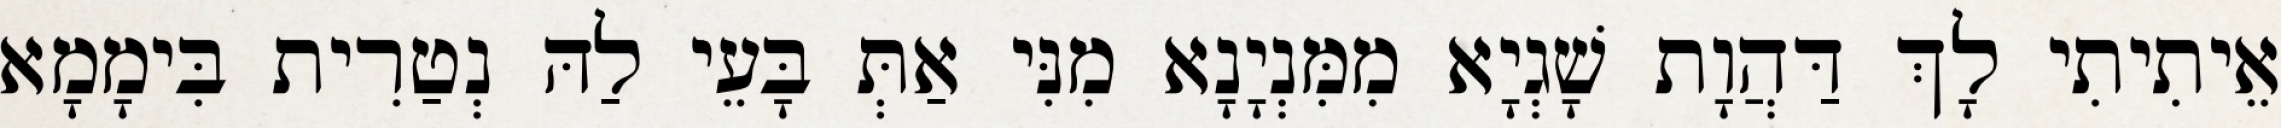
אֵיתִיתִי לָךְ דַּהֲוָת שָׁגְיָא מִמִּנְיָנָא מִנִּי אַתְּ בָּעֵי לַהּ נְטַרִית בִּימָמָא